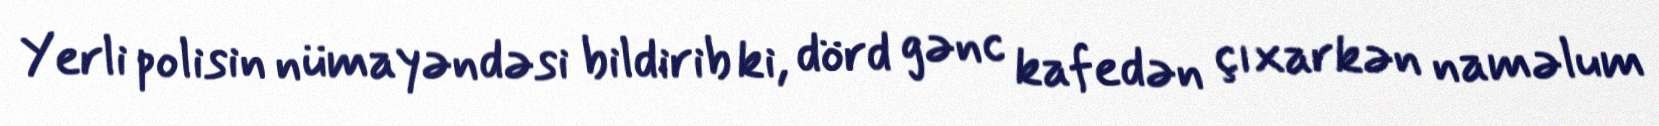
Yerli polisin nümayəndəsi bildirib ki, dörd gənc kafedən çıxarkən naməlum